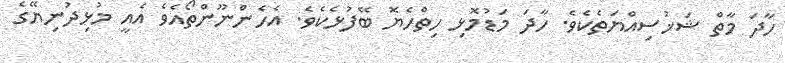
ހާދަ މާތް ޝަޚުސިއްޔަތެކެވެ. ހާދަ މަޑުމޮޅި ހިތްހެޔޮ ބޭފުޅެކެވެ. އެހެންނޫންތޯއެވެ އެއީ މުޅިދުނިޔޭގެ